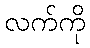
လက်ကို